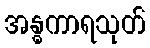
အန္ဓကာရသုတ်